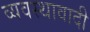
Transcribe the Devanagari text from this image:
व्यवस्थावादी